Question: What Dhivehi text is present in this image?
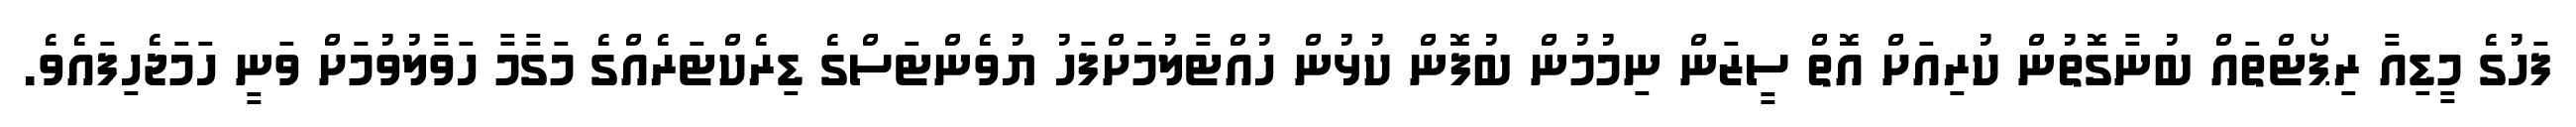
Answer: ފަހުގެ މީޑިއާ ރިޕޯޓްތައް ބުނާގޮތުން ކުރިއަށް އޮތް ސީޒަން ނިމުމުން ބުފޮން ކުޅުން ހުއްޓާލުމަށްފަހު ޔުވެންޓަސްގެ ޑިރެކްޓަރެއްގެ މަގާމާ ހަވާލުވުމަށް ވަނީ ހަމަޖެހިފައެވެ.